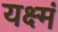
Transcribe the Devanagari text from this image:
यक्ष्मं